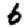
Digit: 6